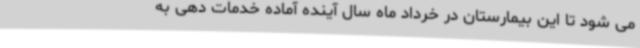
می شود تا این بیمارستان در خرداد ماه سال آینده آماده خدمات دهی به